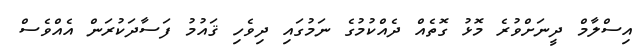
އިސްލާމް ދީނަށްވުރެ މޮޅު ގޮތެއް ދެއްކުމުގެ ނަމުގައި ދިވެހި ޤައުމު ފަސާދަކުރަން އެއްވެސް